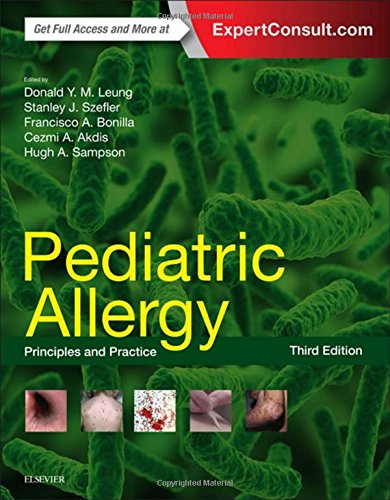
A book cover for Pediatric Allergy: Principles and Practice, 3e; Donald Y. M. Leung MD  PhD; Medical Books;